Annual report of the Civil Veterinary Department, Bengal, for the year 1898-99 - 1898-1899
Year: 1898
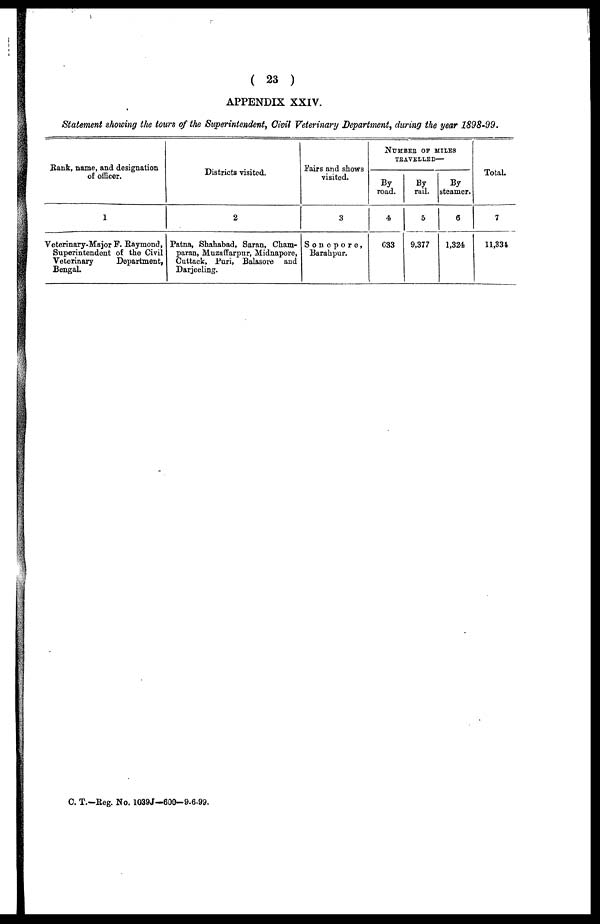
( 23 )
APPENDIX XXIV.
Statement showing the tours of the Superintendent, Civil Veterinary Department, during the year 1898-99.
Rank, name, and designation
of officer.
1
Veterinary-Major F. Raymond,
Superintendent of the Civil
Veterinary
Department,
Bengal.
Districts visited.
2
Patna, Shahabad, Saran, Cham-
paran, Muzaffarpur, Midnapore,
Cuttack, Puri, Balasore and
Darjeeling.
Pairs and shows
visited.
3
Sonopore,
Barahpur.
NUMBER OF MILES
TRAVELLED—
By
road.
4
633
By
rail.
5
9,377
By
steamer.
6
1,324
Total.
7
11,334
C. T.—Reg. No. 1039J—600—9.6.99.